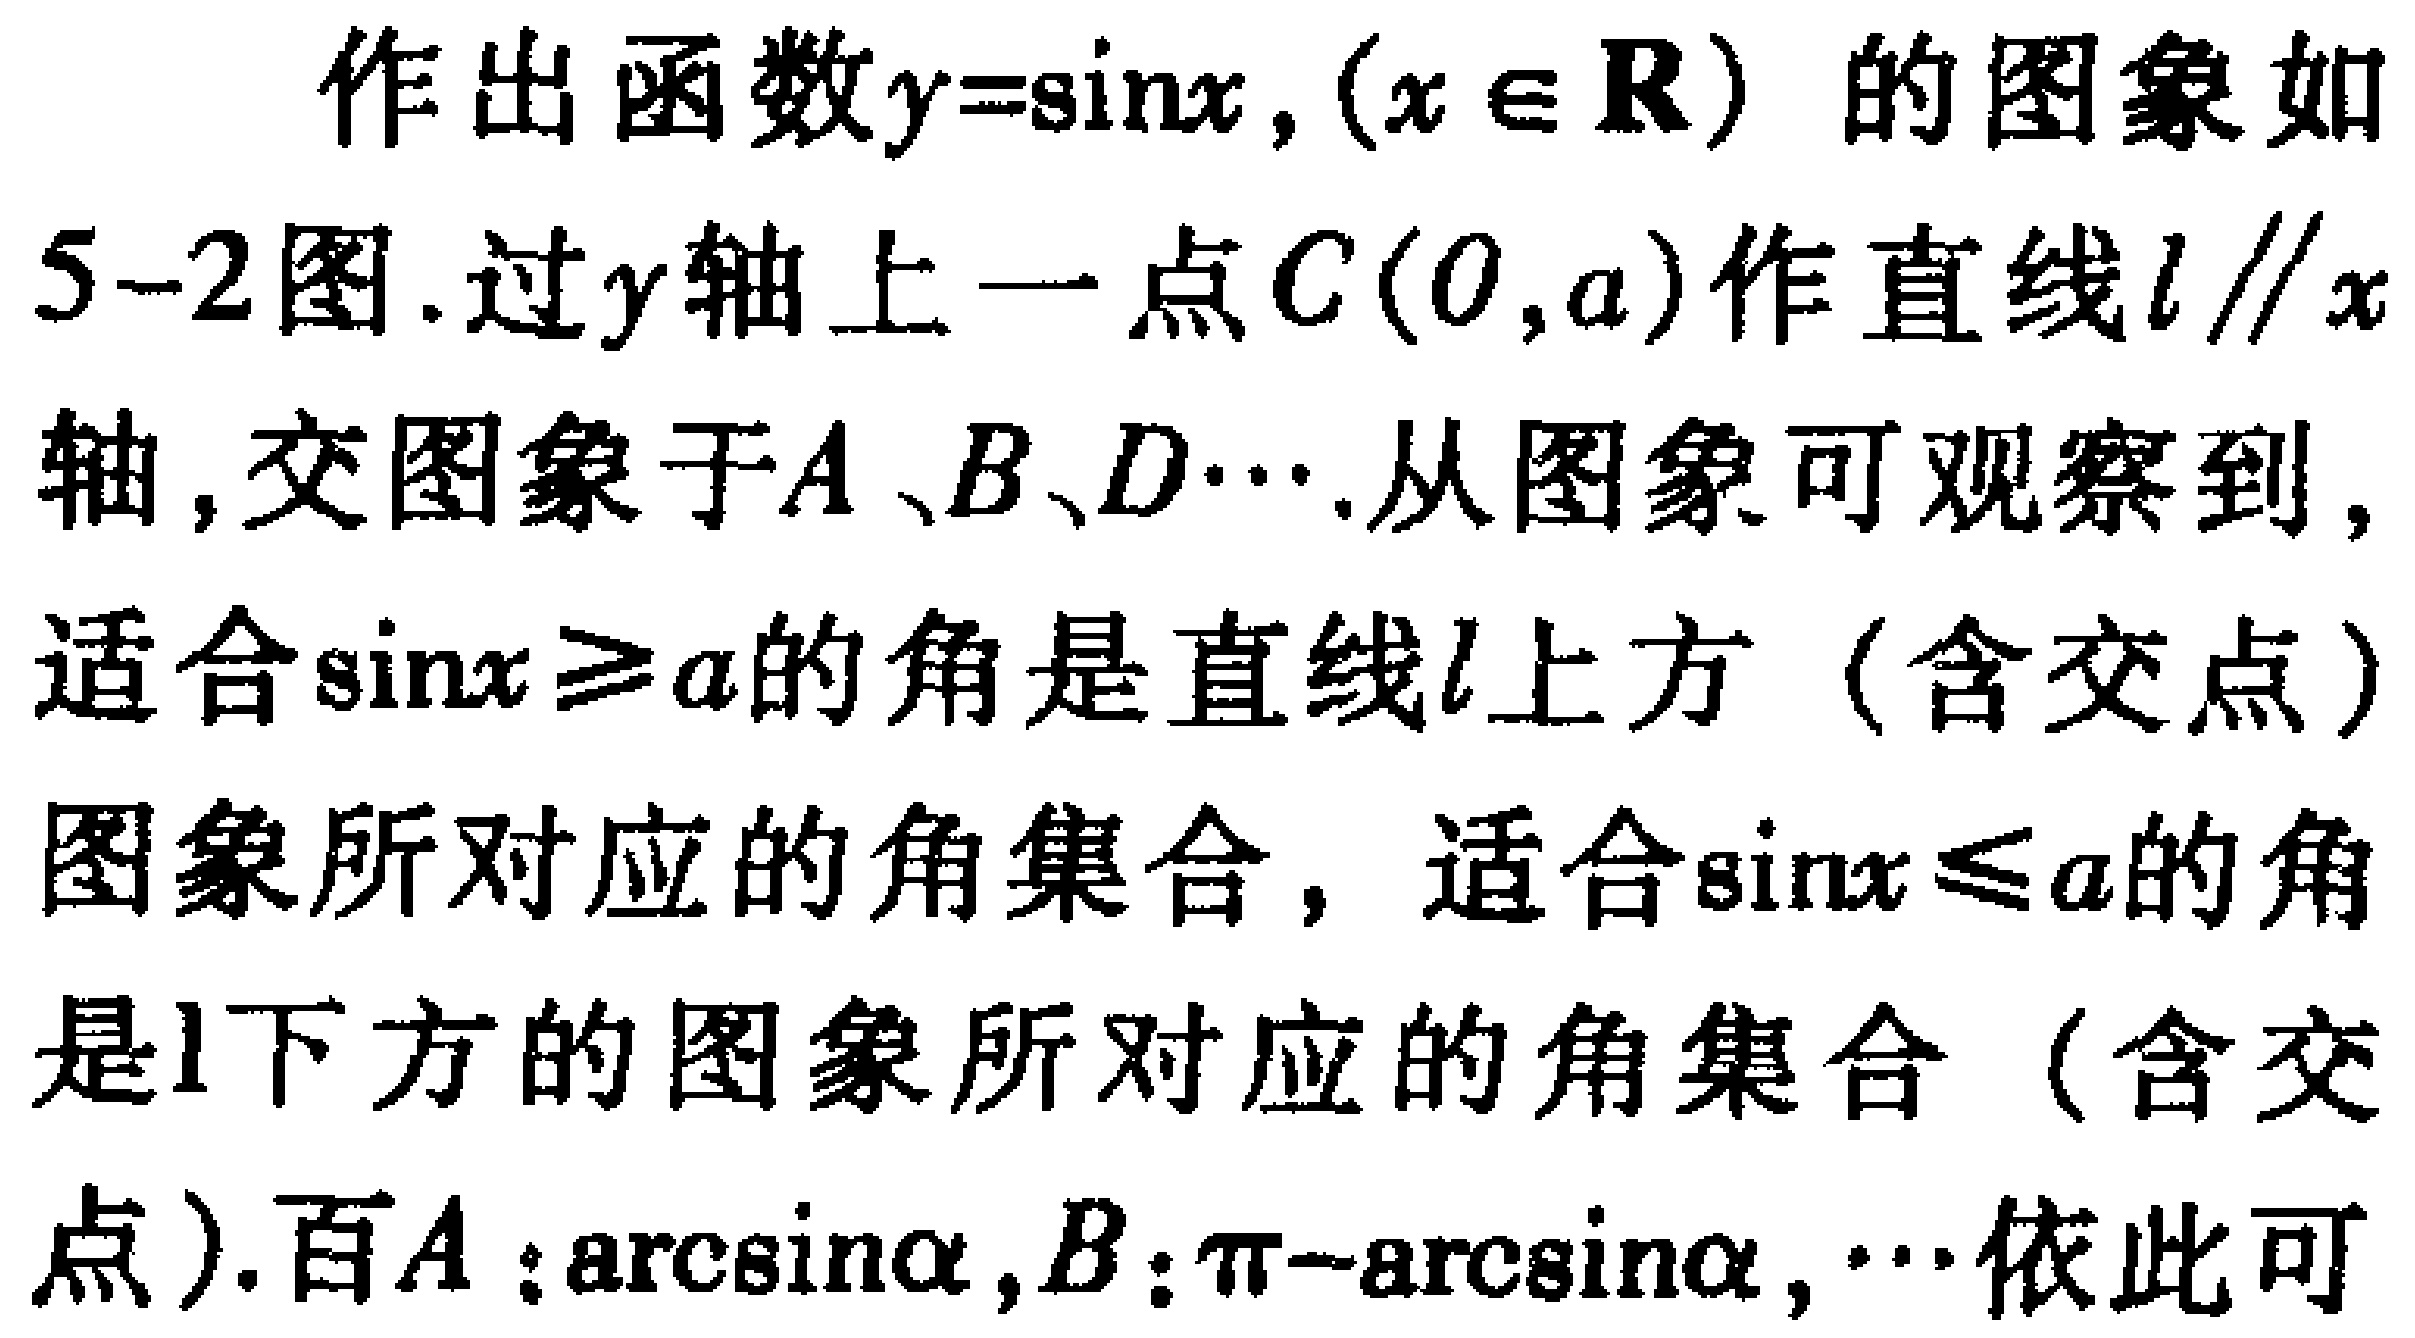
作出函数\(y = \sin x,(x\in\mathbf{R})\)的图象如
5 - 2图. 过\(y\)轴上一点\(C(0,a)\)作直线\(l\parallel x\)
轴, 交图象于\(A、B、D\cdots\). 从图象可观察到,
适合\(\sin x\geqslant a\)的角是直线\(l\)上方（含交点）
图象所对应的角集合，适合\(\sin x\leqslant a\)的角
是\(l\)下方的图象所对应的角集合（含交
点）. 而\(A:\arcsin a,B:\pi - \arcsin a,\cdots\)依此可